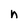
Character: n